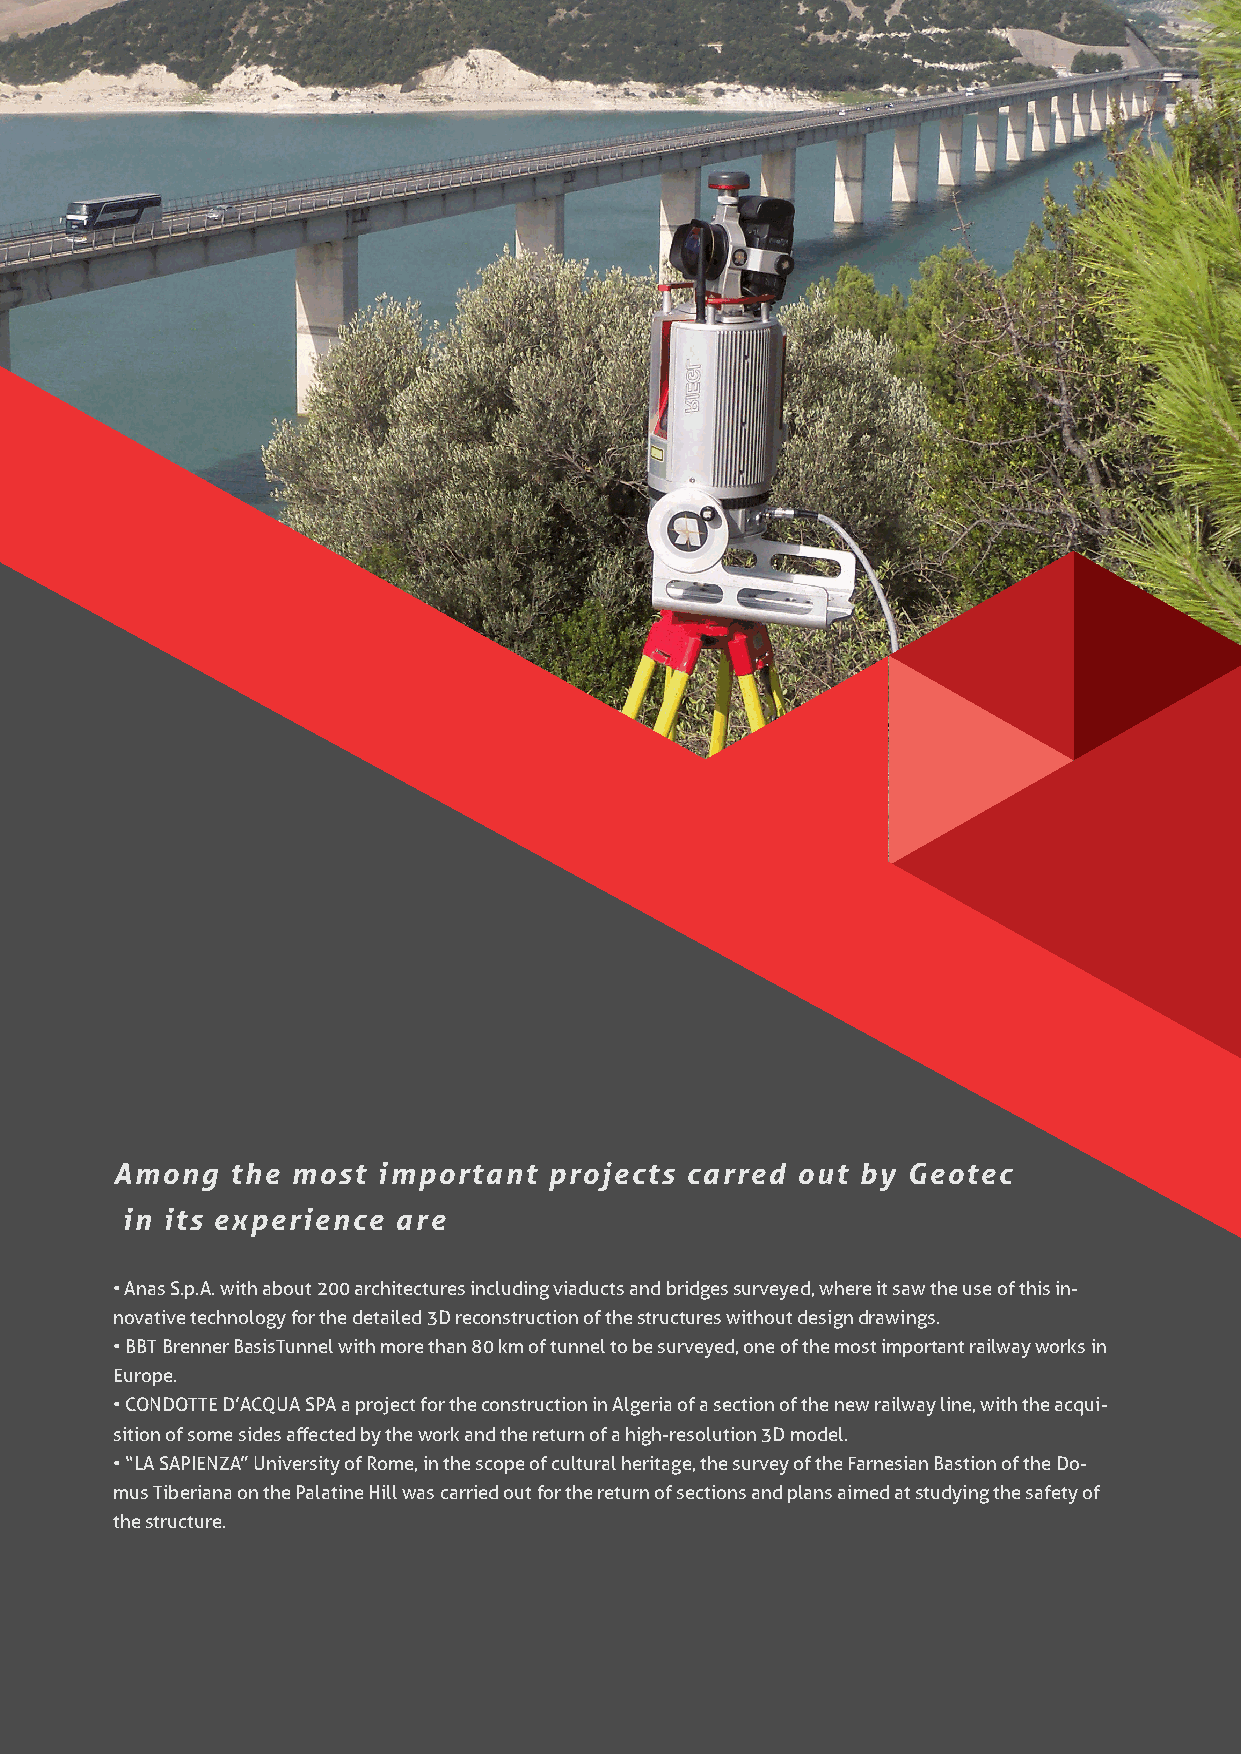
GEOTECSPA.COM
 Among  the most  important  projects carred  out by Geotec
 in its experience are
 • Anas S.p.A. with about 200 architectures including viaducts and bridges surveyed, where it saw the use of this in-
 novative technology for the detailed 3D reconstruction of the structures without design drawings.
 • BBT Brenner BasisTunnel with more than 80 km of tunnel to be surveyed, one of the most important railway works in
 Europe.
 • CONDOTTE D’ACQUA SPA a project for the construction in Algeria of a section of the new railway line, with the acqui-
 sition of some sides affected by the work and the return of a high-resolution 3D model.
 • “LA SAPIENZA” University of Rome, in the scope of cultural heritage, the survey of the Farnesian Bastion of the Do-
 mus Tiberiana on the Palatine Hill was carried out for the return of sections and plans aimed at studying the safety of
 the structure.
 21